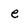
Character: e